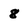
Character: 8